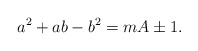
\begin{align*}a^2 + ab - b^2 = mA \pm 1.\end{align*}